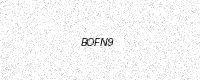
Text: BOFN9